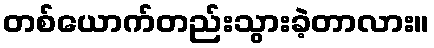
တစ်ယောက်တည်းသွားခဲ့တာလား။